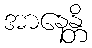
အာနေန္တိ